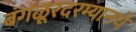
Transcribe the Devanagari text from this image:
बंगळूरदरम्यानचे